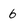
Character: 6